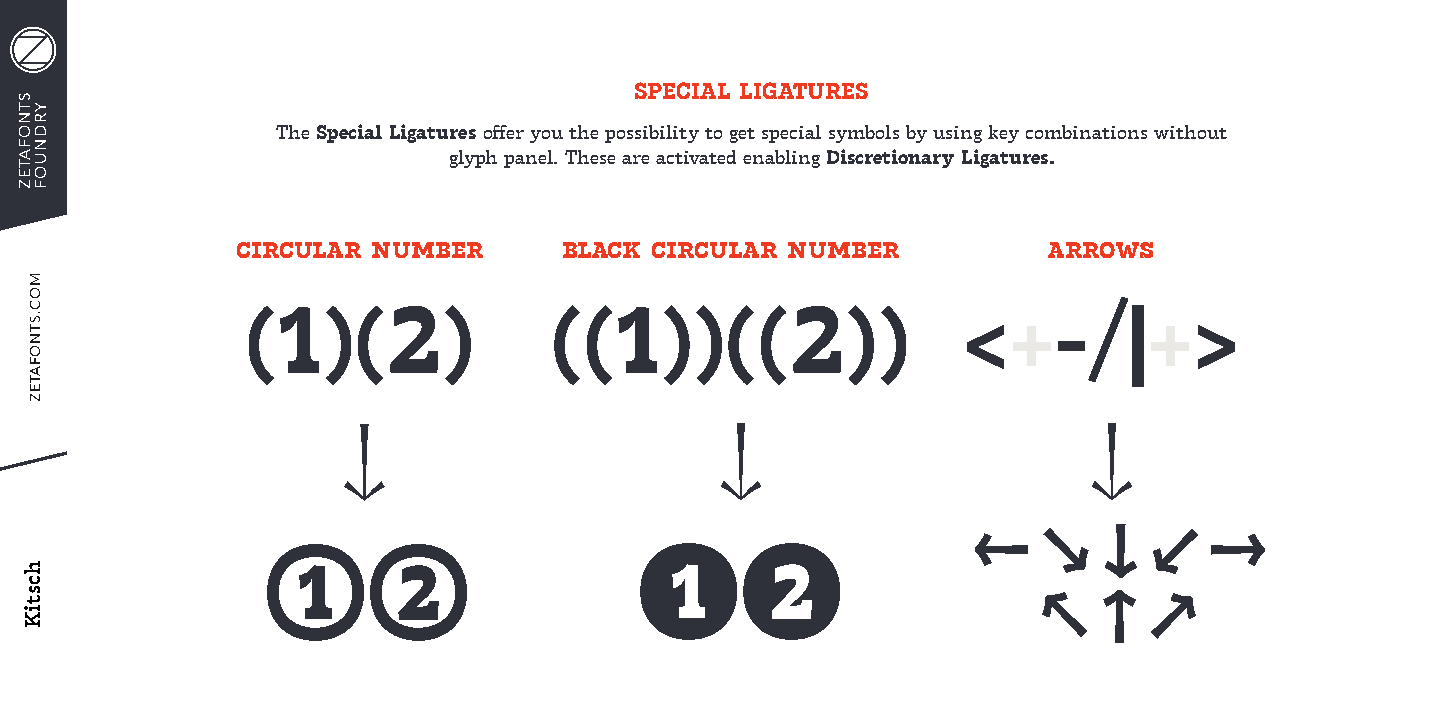
SPECIAL LIGATURES
 The Special Ligatures offer you the possibility to get special symbols by using key combinations without
 glyph panel. These are activated enabling Discretionary Ligatures.
 circular number      black circular number           arrows
 (1)(2)              ((1))((2))                  <+-/|+>
 ↓                        ↓                        ↓
 ←    ↘   ↓  ↙   →
 12                       12
 ↖   ↑  ↗
 STNOFATEZ
 YRDNUOF
 MOC.STNOFATEZ
 hcstiK